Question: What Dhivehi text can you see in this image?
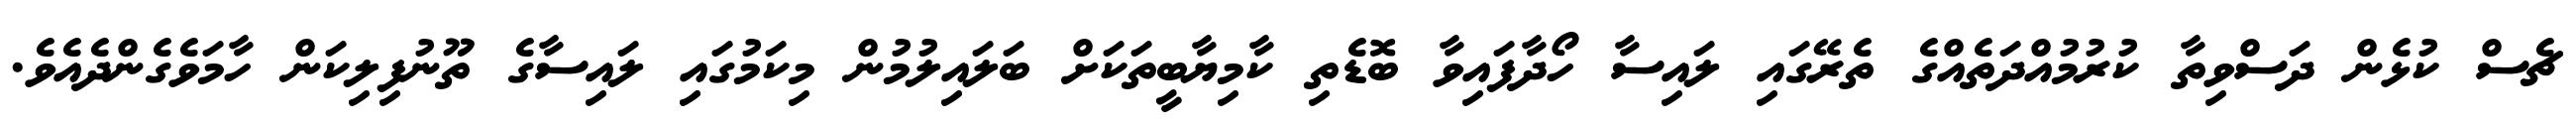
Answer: ޗެސް ކުޅެން ދަސްވިތާ ކުރުމުއްދަތެއްގެ ތެރޭގައި ލައިސާ ހޯދާފައިވާ ބޮޑެތި ކާމިޔާބީތަކަށް ބަލައިލުމުން މިކަމުގައި ލައިސާގެ ތޫނުފިލިކަން ހާމަވެގެންދެއެވެ.